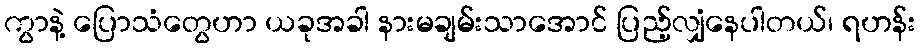
ကွာနဲ့ ပြောသံတွေဟာ ယခုအခါ နားမချမ်းသာအောင် ပြည့်လျှံနေပါတယ်၊ ရဟန်း